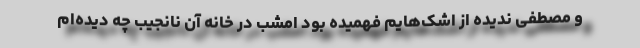
و مصطفی ندیده از اشک‌هایم فهمیده بود امشب در خانه آن نانجیب چه دیده‌ام